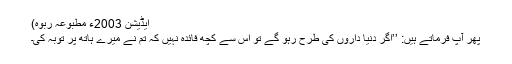
ایڈیشن 2003ء مطبوعہ ربوہ)
پھر آپ فرماتے ہیں: ’’اگر دنیا داروں کی طرح رہو گے تو اس سے کچھ فائدہ نہیں کہ تم نے میرے ہاتھ پر توبہ کی۔